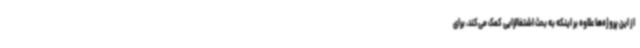
از این پروژه‌ها علاوه بر اینکه به بحث اشتغالزایی کمک می‌کند، برای